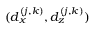
( d _ { x } ^ { ( j , k ) } , d _ { z } ^ { ( j , k ) } )